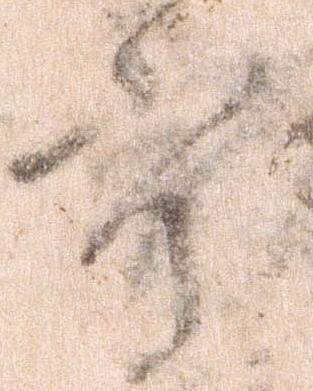
守